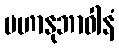
မဟာနုဘာဝါနံ